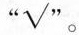
“\surd ”。